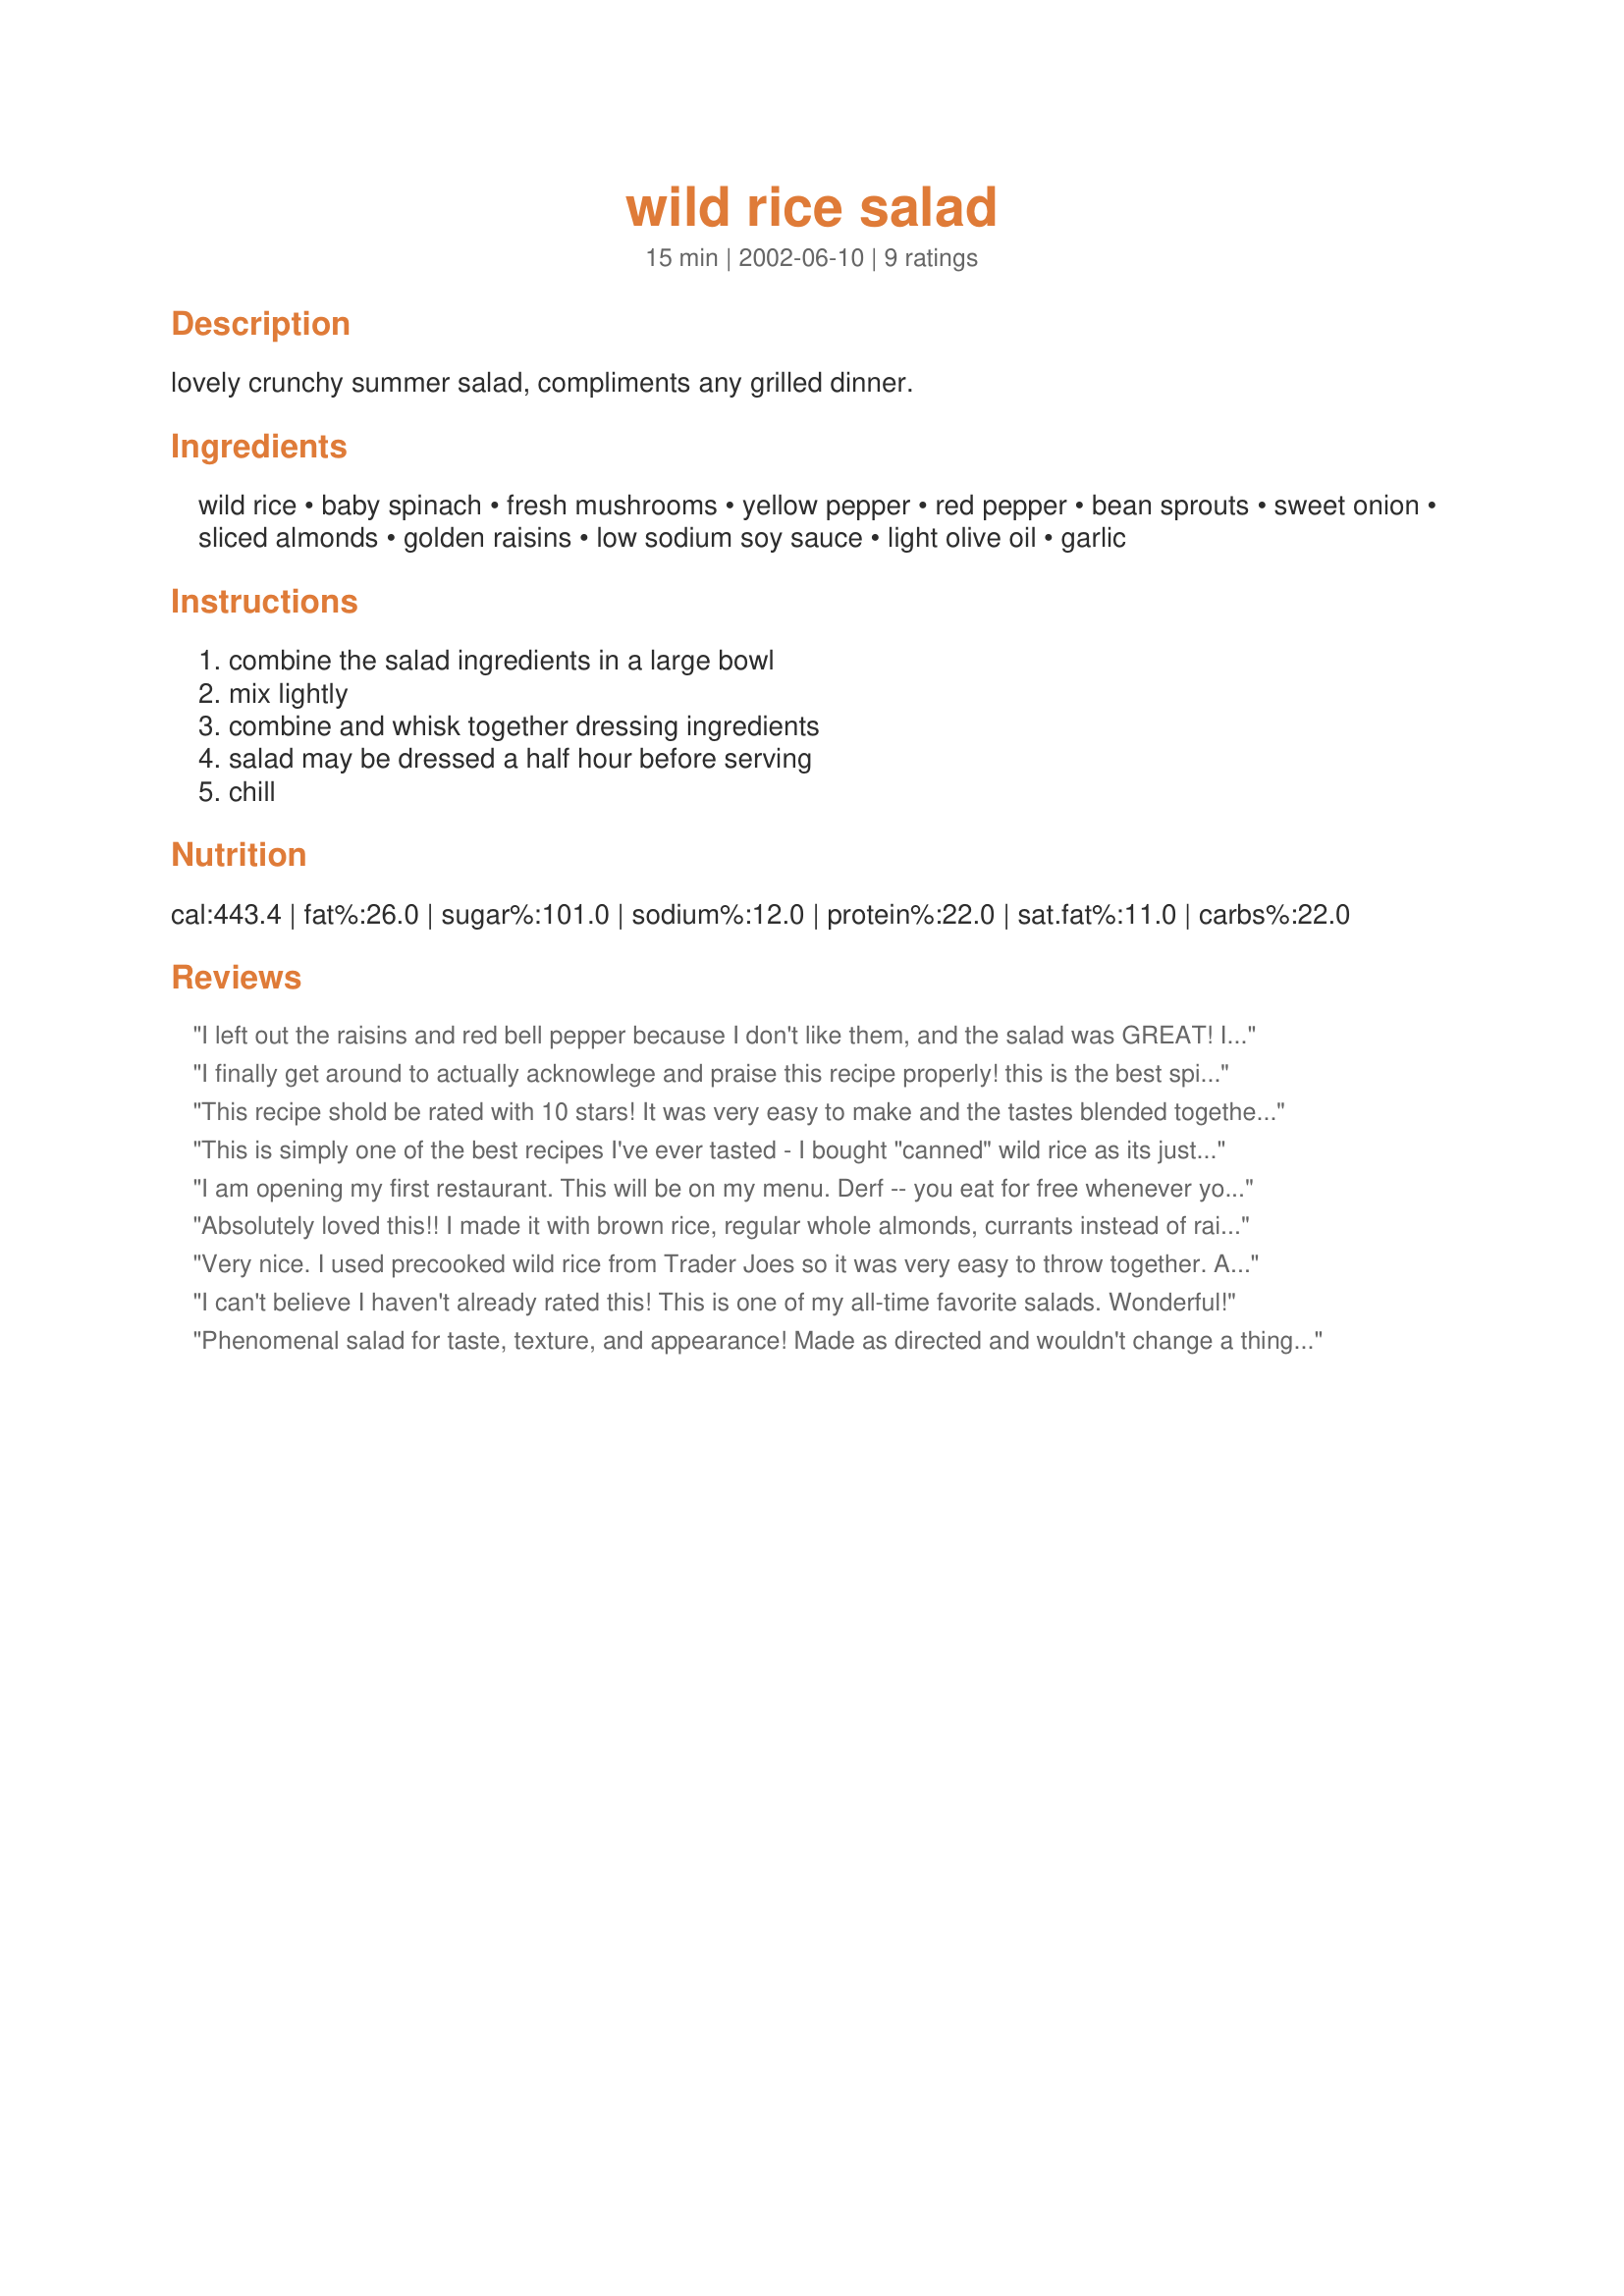
wild rice salad
Preparation time: 15 minutes

lovely crunchy summer salad, compliments any grilled dinner.

Ingredients:
wild rice, baby spinach, fresh mushrooms, yellow pepper, red pepper, bean sprouts, sweet onion, sliced almonds, golden raisins, low sodium soy sauce, light olive oil, garlic

Steps:
combine the salad ingredients in a large bowl, mix lightly, combine and whisk together dressing ingredients, salad may be dressed a half hour before serving, chill

Reviews:
I left out the raisins and red bell pepper because I don't like them, and the salad was GREAT! I took it camping with me, and predressed it just before serving
I finally get around to actually acknowlege and praise this recipe properly! this is the best spinach salad recipe out there. simple, easy to prepare, scrumptious and beautiful to see in any type of setting or bowl. (i have served it in many different styles). ALWAYS, repeat, ALWAYS asked for the recipe and to be honest, the last time i made it, i FORGOT THE WILD RICE! - well, no big deal, people wanted the recipe anyway, and i only admitted forgetting the rice to the people i gave the recipe to.. heh heh... the point is - it was still a HIT even without the rice! sheesh! it doesn't get any better than this! thank you so much for a super fantastic recipe. :)
This recipe shold be rated with 10 stars! It was very easy to make and the tastes blended together in a wonderful way. This is one recipe that will definitely be made again and again and again at our house!
This is simply one of the best recipes I've ever tasted - I bought "canned" wild rice as its just the right amount for the recipe and it was delicious and cuts down on prep time.
Thanks to the author of the recipe - it'll be in my "good book" 4ever now!
I am opening my first restaurant. This will be on my menu. Derf -- you eat for free whenever you drop in...!
Absolutely loved this!! I made it with brown rice, regular whole almonds, currants instead of raisins and totally forgot about the onion. I even forgot to use the spinach so we had a very crunchy rice salad. I really loved the dressing also. Will make this over and over. And it's a good way to clean out your veggie drawer. Thanks so much!!
Very nice. I used precooked wild rice from Trader Joes so it was very easy to throw together. A bit too oily for me, so I added some sweet and sour sauce and some fresh grated ginger to boost the flavors. I also added some diced carrot which worked well. Took the photo before I added the dressing, so note that the final product does have a brownish tinge from the soy sauce dressing. THANKS!!!
I can't believe I haven't already rated this! This is one of my all-time favorite salads. Wonderful!
Phenomenal salad for taste, texture, and appearance! Made as directed and wouldn't change a thing. Thanks, Derf! Made for Make it Healthy in May.
